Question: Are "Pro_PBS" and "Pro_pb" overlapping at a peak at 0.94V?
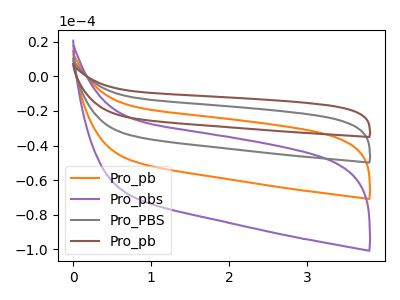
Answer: <think>The orange curve "Pro_pb" has no peaks. The purple curve "Pro_pbs" has no peaks. The gray curve "Pro_PBS" has no peaks. The brown curve "Pro_pb" has no peaks.</think>
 <answer>No, "Pro_PBS" and "Pro_pb" dont share a peak at 0.94V.</answer>
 <eval>mismatch</eval>